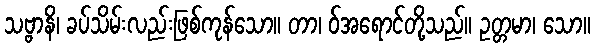
သဗ္ဗာနိ၊ ခပ်သိမ်းလည်းဖြစ်ကုန်သော။ တာ၊ ဝ်အရောင်တို့သည်။ ဥတ္တမာ၊ သော။